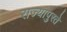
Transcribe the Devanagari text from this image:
राज्यापुरते